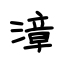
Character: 漳